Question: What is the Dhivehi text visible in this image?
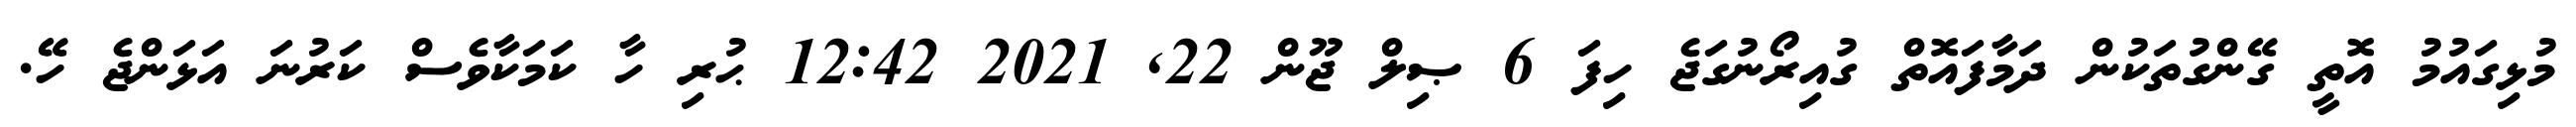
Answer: މުޅިގައުމު އޮތީ ގޭންގުތަކުން ދަމާފައޮތް ގުއިރޯނުގަޖެ ހިފަ 6 ޞިލް ޖޫން 22, 2021 12:42 ޙުރި ހާ ކަމަކާވެސް ކަރުނަ އަޅަންޖެ ހޭ.